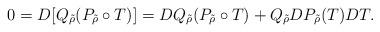
LaTeX: \begin{align*}0 = D[Q_{\tilde{\rho}} (P_{\tilde{\rho}} \circ T)] = D Q_{\tilde{\rho}} (P_{\tilde{\rho}} \circ T) + Q_{\tilde{\rho}} DP_{\tilde{\rho}}(T)DT.\end{align*}